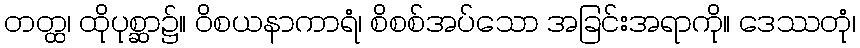
တတ္ထ၊ ထိုပုစ္ဆာ၌။ ဝိစယနာကာရံ၊ စိစစ်အပ်သော အခြင်းအရာကို။ ဒေဿတုံ၊